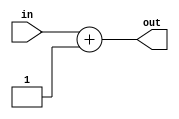
module add_const(out, in);

  parameter const_val = 1;

  output [31:0] out;
  input  [31:0] in;

  assign out = in + const_val;

endmodule